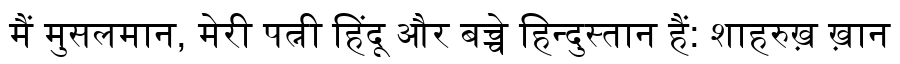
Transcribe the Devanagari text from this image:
मैं मुसलमान, मेरी पत्नी हिंदू और बच्चे हिन्दुस्तान हैं: शाहरुख़ ख़ान